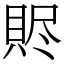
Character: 䝲